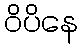
ဝိပိနေ